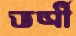
ভর্ত্রী